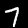
Label: 7